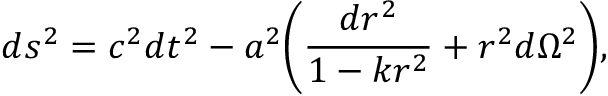
d s ^ { 2 } = c ^ { 2 } d t ^ { 2 } - a ^ { 2 } \biggl ( \frac { d r ^ { 2 } } { 1 - k r ^ { 2 } } + r ^ { 2 } d \Omega ^ { 2 } \biggr ) ,